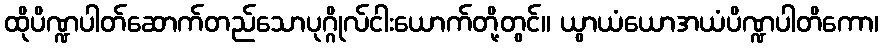
ထိုပိဏ္ဍပါတ်ဆောက်တည်သောပုဂ္ဂိုလ်ငါးယောက်တို့တွင်။ ယွာယံယောအယံပိဏ္ဍပါတိကော၊